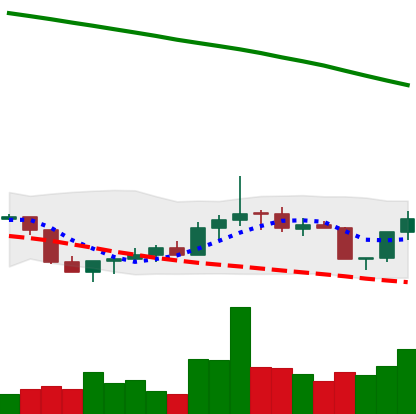
Ticker: DOGE-USD
Chart end date: 2022-07-28
Forward return: -3.493%
Label: down_3_5